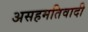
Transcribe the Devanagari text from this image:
असहमतिवादी